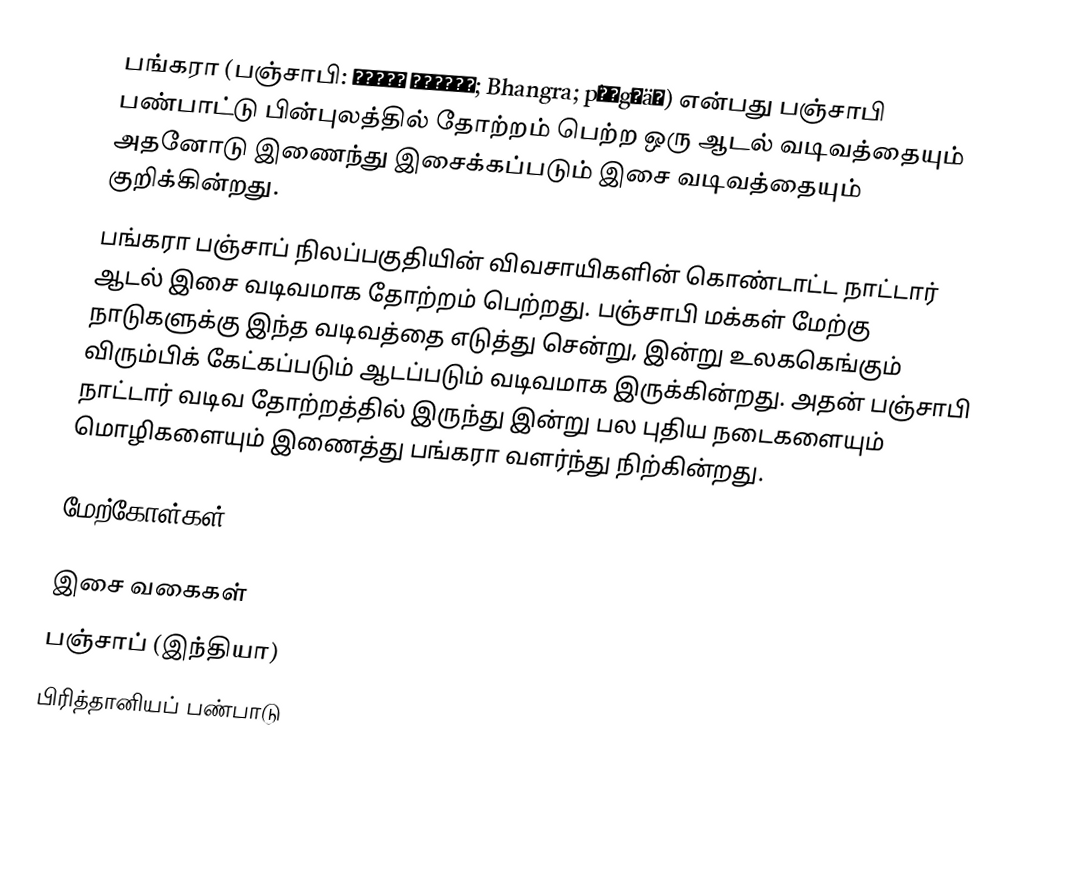
பங்கரா (பஞ்சாபி: ਭੰਗੜਾ بھنگڑا; Bhangra; pə̀ŋgɽäː) என்பது பஞ்சாபி பண்பாட்டு பின்புலத்தில் தோற்றம் பெற்ற ஒரு ஆடல் வடிவத்தையும் அதனோடு இணைந்து இசைக்கப்படும் இசை வடிவத்தையும் குறிக்கின்றது.
பங்கரா பஞ்சாப் நிலப்பகுதியின் விவசாயிகளின் கொண்டாட்ட நாட்டார் ஆடல் இசை வடிவமாக தோற்றம் பெற்றது. பஞ்சாபி மக்கள் மேற்கு நாடுகளுக்கு இந்த வடிவத்தை எடுத்து சென்று, இன்று உலககெங்கும் விரும்பிக் கேட்கப்படும் ஆடப்படும் வடிவமாக இருக்கின்றது. அதன் பஞ்சாபி நாட்டார் வடிவ தோற்றத்தில் இருந்து இன்று பல புதிய நடைகளையும் மொழிகளையும் இணைத்து பங்கரா வளர்ந்து நிற்கின்றது.

மேற்கோள்கள்

இசை வகைகள்
பஞ்சாப் (இந்தியா)
பிரித்தானியப் பண்பாடு